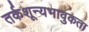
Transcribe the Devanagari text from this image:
तर्कशून्यभावुकता